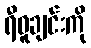
ရီဝူချင်းကို